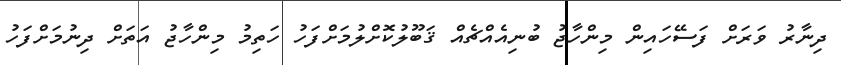
ދިނާރު ވަރަށް ފަސޭހައިން މިންހާޖު ބުނިއެއްޗެއް ޤަބޫލުކޮށްލުމަށްފަހު ހަތިމު މިންހާޖު އަތަށް ދިނުމަށްފަހު